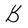
Character: B